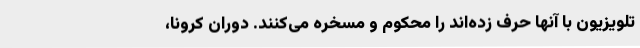
تلویزیون با آنها حرف زده‌اند را محکوم و مسخره می‌کنند. دوران کرونا،